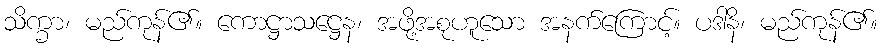
သိက္ခာ၊ မည်ကုန်၏။ ကောဋ္ဌာသဋ္ဌေန၊ အဖို့အစုဟူသော အနက်ကြောင့်။ ပဒါနိ၊ မည်ကုန်၏။